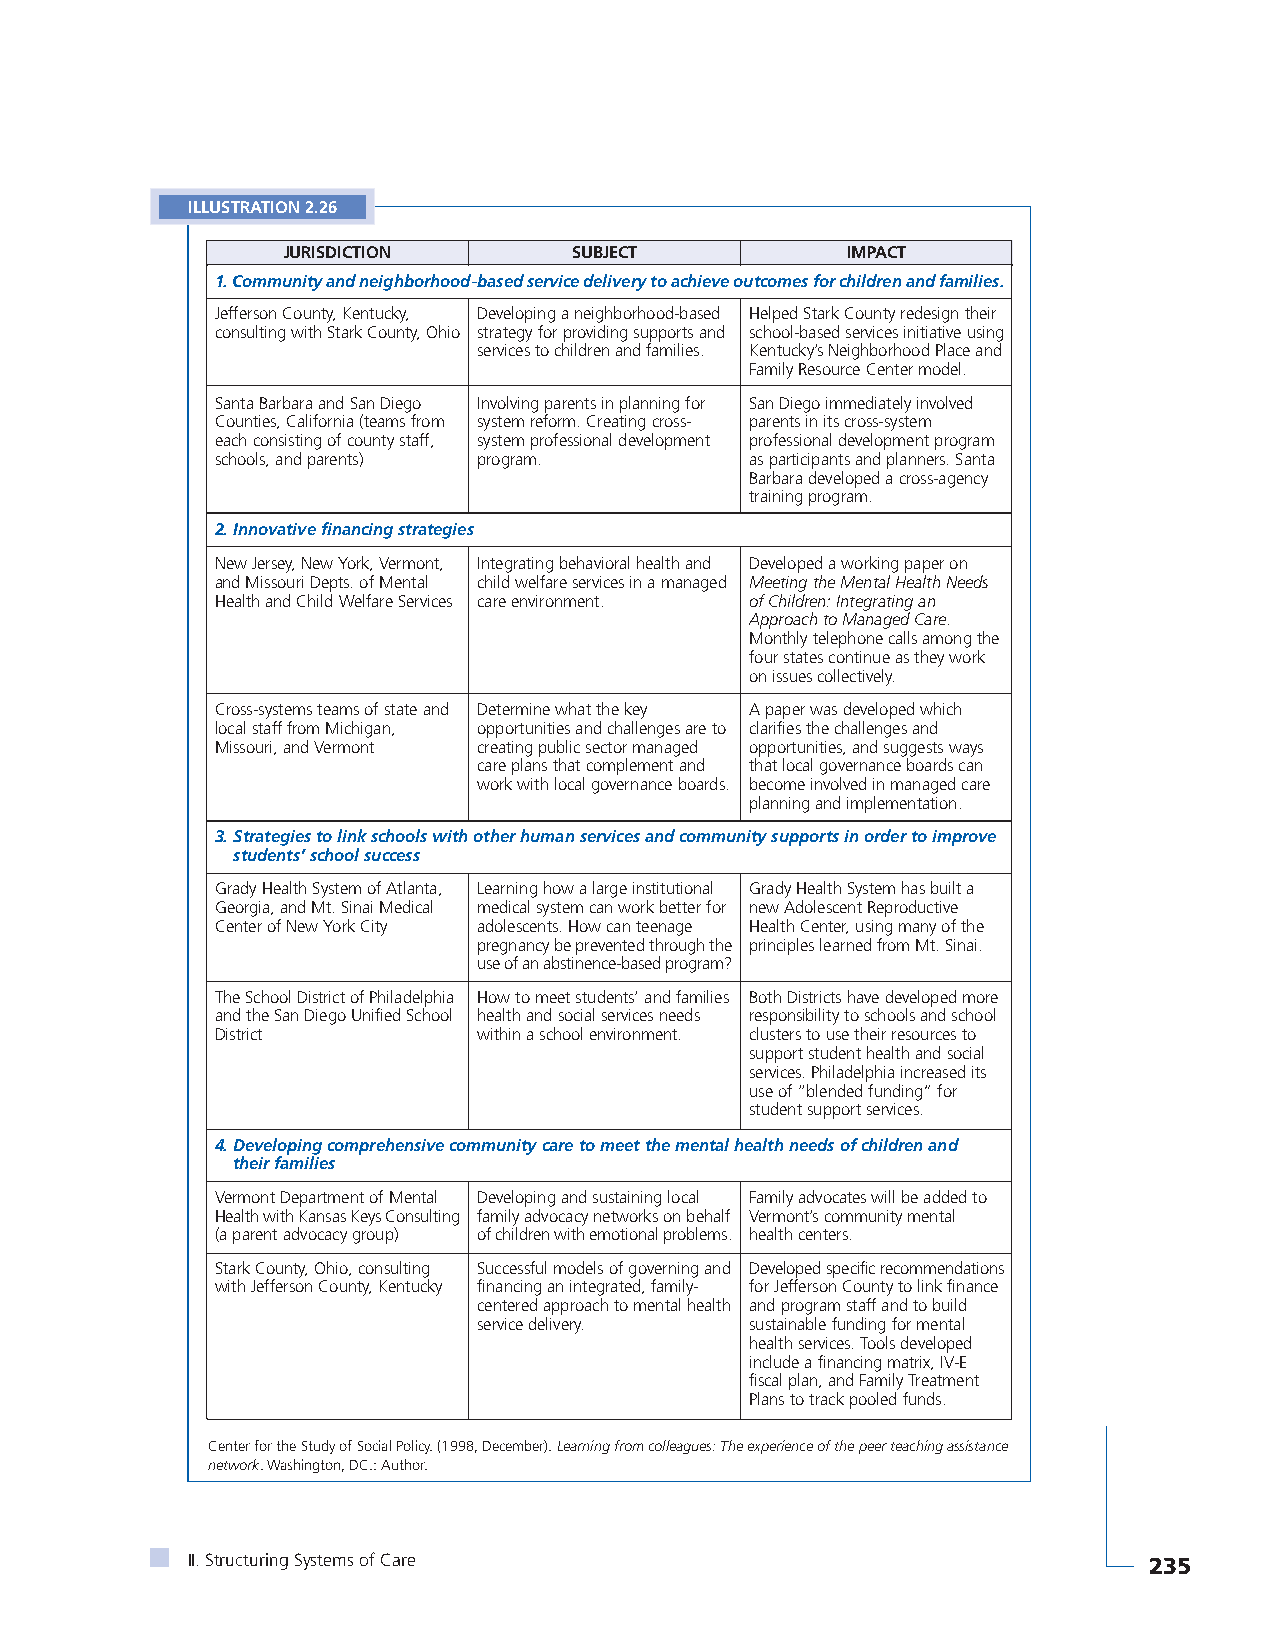
ILLUSTRATION 2.26
 JURISDICTION       SUBJECT           IMPACT
 1. Community and neighborhood-based service delivery to achieve outcomes for children and families.
 Jefferson County, Kentucky, Developing a neighborhood-based Helped Stark County redesign their
 consulting with Stark County, Ohio strategy for providing supports and school-based services initiative using
 services to children and families. Kentucky’s Neighborhood Place and
 Family Resource Center model.
 Santa Barbara and San Diego Involving parents in planning for San Diego immediately involved
 Counties, California (teams from system reform. Creating cross- parents in its cross-system
 each consisting of county staff, system professional development professional development program
 schools, and parents) program.      as participants and planners. Santa
 Barbara developed a cross-agency
 training program.
 2. Innovative financing strategies
 New Jersey, New York, Vermont, Integrating behavioral health and Developed a working paper on
 and Missouri Depts. of Mental child welfare services in a managed Meeting the Mental Health Needs
 Health and Child Welfare Services care environment. of Children: Integrating an
 Approach to Managed Care.
 Monthly telephone calls among the
 four states continue as they work
 on issues collectively.
 Cross-systems teams of state and Determine what the key A paper was developed which
 local staff from Michigan, opportunities and challenges are to clarifies the challenges and
 Missouri, and Vermont creating public sector managed opportunities, and suggests ways
 care plans that complement and that local governance boards can
 work with local governance boards. become involved in managed care
 planning and implementation.
 3.Strategies to link schools with other human services and community supports in order to improve
 students’ school success
 Grady Health System of Atlanta, Learning how a large institutional Grady Health System has built a
 Georgia, and Mt. Sinai Medical medical system can work better for new Adolescent Reproductive
 Center of New York City adolescents. How can teenage Health Center, using many of the
 pregnancy be prevented through the principles learned from Mt. Sinai.
 use of an abstinence-based program?
 The School District of Philadelphia How to meet students’ and families Both Districts have developed more
 and the San Diego Unified School health and social services needs responsibility to schools and school
 District          within a school environment. clusters to use their resources to
 support student health and social
 services. Philadelphia increased its
 use of “blended funding” for
 student support services.
 4.Developing comprehensive community care to meet the mental health needs of children and
 their families
 Vermont Department of Mental Developing and sustaining local Family advocates will be added to
 Health with Kansas Keys Consulting family advocacy networks on behalf Vermont’s community mental
 (a parent advocacy group) of children with emotional problems. health centers.
 Stark County, Ohio, consulting Successful models of governing and Developed specific recommendations
 with Jefferson County, Kentucky financing an integrated, family- for Jefferson County to link finance
 centered approach to mental health and program staff and to build
 service delivery. sustainable funding for mental
 health services. Tools developed
 include a financing matrix, IV-E
 fiscal plan, and Family Treatment
 Plans to track pooled funds.
 Center for the Study of Social Policy. (1998, December). Learning from colleagues: The experience of the peer teaching assistance
 network. Washington, DC.: Author.
 II. Structuring Systems of Care                                 235